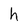
Character: h